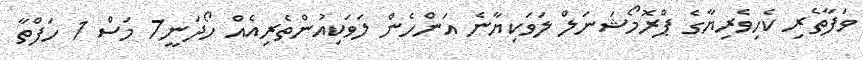
ވަފާތެރި ކެހިވެރިޔާގެ ޕްރޮމޯޝަނަލް ލަވަކިޔާނެ އަންހެން ލަވަކިއުންތެރިއެއް ހޯދަނީ7 މަސް 1 ހަފްތާ